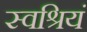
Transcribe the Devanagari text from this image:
स्वश्रियं